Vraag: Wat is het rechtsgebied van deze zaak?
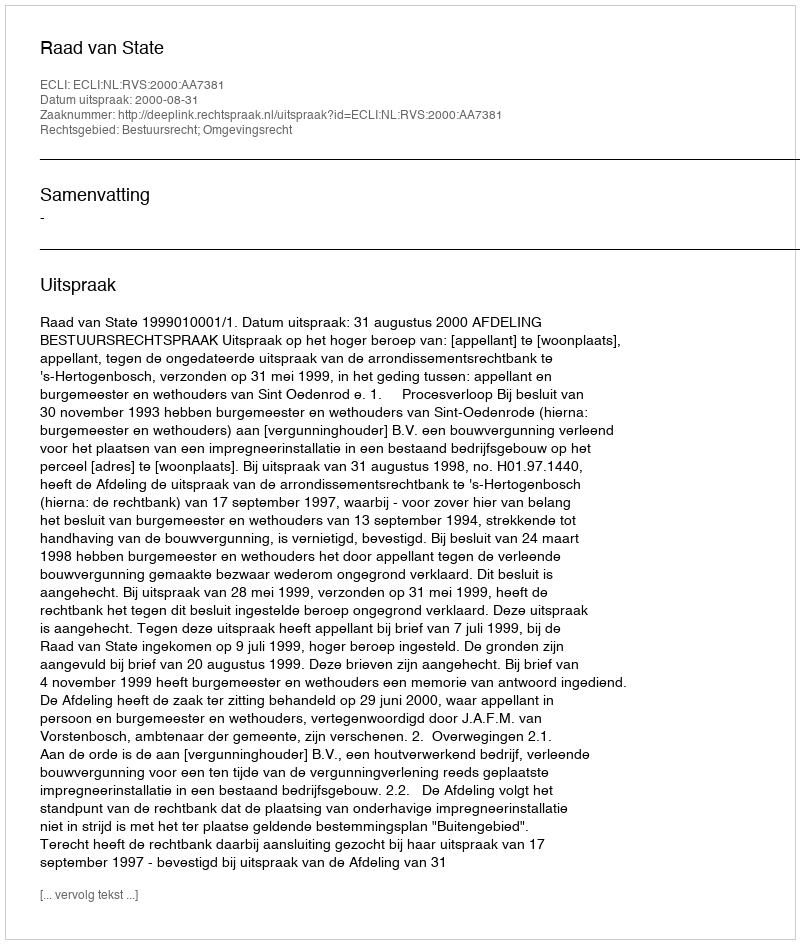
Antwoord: Bestuursrecht; Omgevingsrecht